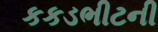
કકડભીટની